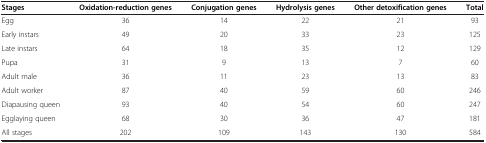
<table><thead><tr><td><b>Stages</b></td><td><b>Oxidation-reduction genes</b></td><td><b>Conjugation genes</b></td><td><b>Hydrolysis genes</b></td><td><b>Other detoxification genes</b></td><td><b>Total</b></td></tr></thead><tbody><tr><td>Egg</td><td>36</td><td>14</td><td>22</td><td>21</td><td>93</td></tr><tr><td>Early instars</td><td>49</td><td>20</td><td>33</td><td>23</td><td>125</td></tr><tr><td>Late instars</td><td>64</td><td>18</td><td>35</td><td>12</td><td>129</td></tr><tr><td>Pupa</td><td>31</td><td>9</td><td>13</td><td>7</td><td>60</td></tr><tr><td>Adult male</td><td>36</td><td>11</td><td>23</td><td>13</td><td>83</td></tr><tr><td>Adult worker</td><td>87</td><td>40</td><td>59</td><td>60</td><td>246</td></tr><tr><td>Diapausing queen</td><td>93</td><td>40</td><td>54</td><td>60</td><td>247</td></tr><tr><td>Egglaying queen</td><td>68</td><td>30</td><td>36</td><td>47</td><td>181</td></tr><tr><td>All stages</td><td>202</td><td>109</td><td>143</td><td>130</td><td>584</td></tr></tbody></table>